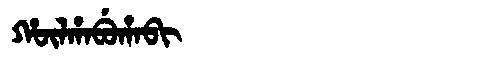
Manchu: ᡥᡡᠯᡥᠠᠪᡠᡥᠠᠪᡳ
Romanization: HŪLHABUHABI